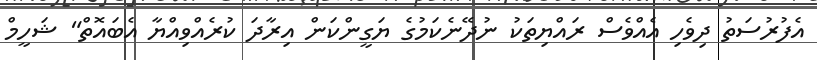
އެފުރުސަތު ދިވެހި އެއްވެސް ރައްޔިތަކު ނުދޭނެކަމުގެ ޔަގީންކަން އިރާދަ ކުރެއްވިއްޔާ އެބައޮތް" ޝަހީމް